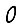
Digit: 0